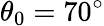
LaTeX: \theta_{0}=70^{\circ}